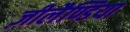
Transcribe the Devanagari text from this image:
ज़ीलैण्डिया